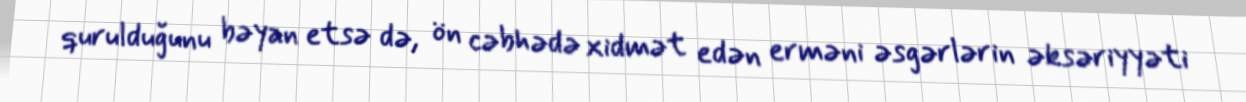
qurulduğunu bəyan etsə də, ön cəbhədə xidmət edən erməni əsgərlərin əksəriyyəti